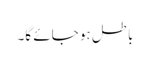
باطل ہو جائے گا۔